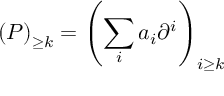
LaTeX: \left( P \right) _ { \geq k } = \left( \sum _ { i } a _ { i } \partial ^ { i } \right) _ { i \geq k }